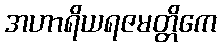
အဟာရိယရဇမတ္တိကေ